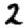
Digit: 2